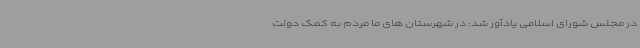
در مجلس شورای اسلامی یادآور شد: در شهرستان ‌های ما مردم به کمک دولت